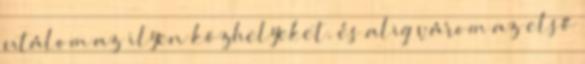
utálom az ilyen közhelyeket. és alig várom az első